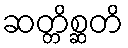
ဆတ္တိစ္ဆတိ